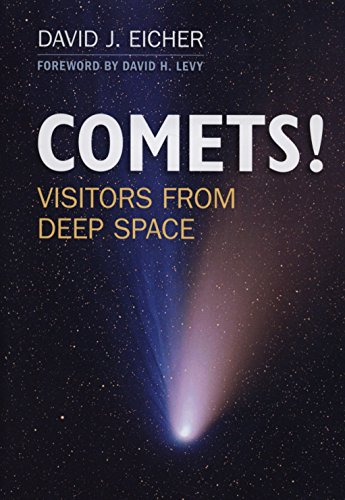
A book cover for COMETS!: Visitors from Deep Space; David J. Eicher; Science & Math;